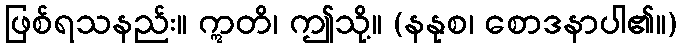
ဖြစ်ရသနည်း။ ဣတိ၊ ဤသို့။ (နနုစ၊ စောဒနာပါ၏။)